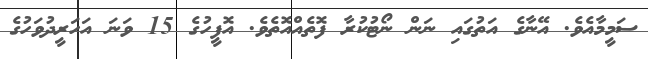
ސަމީމާއެވެ. އޭނާގެ އަތުގައި ނަން ނޯޓުކުރާ ފޮތެއްއޮތެވެ. އޮފީހުގެ 15 ވަނަ އަހަރީދުވަހުގެ